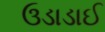
ઉડાડાઈ